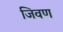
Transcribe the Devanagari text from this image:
जिवण